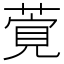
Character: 𦶴